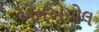
એનએએલ